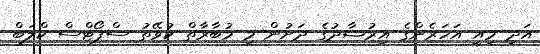
އަދި މިއީ އަހަރެންގެ އިރުޝާދުގެ ދަށުން މި މުބާރާތް ކުވޭތު ސްޕޯޓްސް ކްލަބް